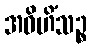
အဝိဟိံသဉ္စ